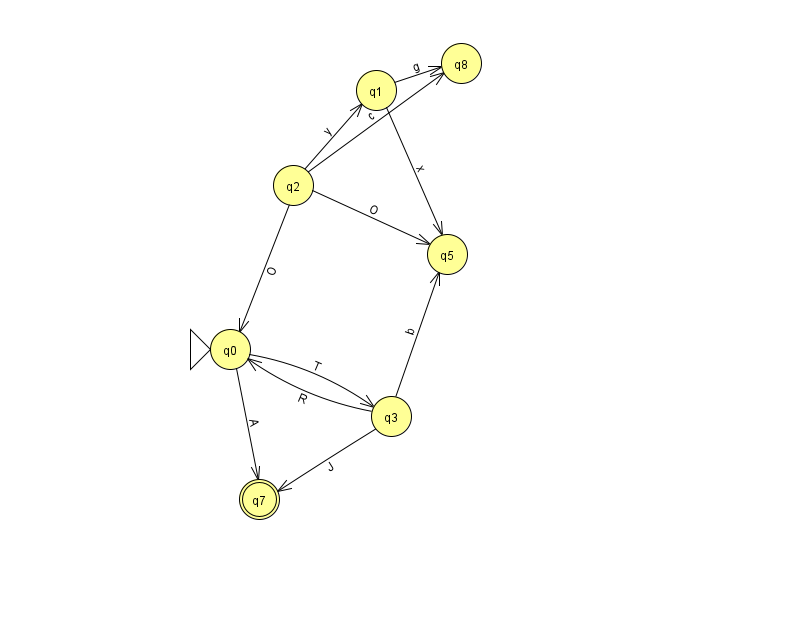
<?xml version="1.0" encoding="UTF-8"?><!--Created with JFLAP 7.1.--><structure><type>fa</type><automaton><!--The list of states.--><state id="0" name="q0"><x>230.0</x><y>336.0</y><initial/></state><state id="1" name="q1"><x>376.0</x><y>77.0</y></state><state id="2" name="q2"><x>293.0</x><y>172.0</y></state><state id="3" name="q3"><x>391.0</x><y>403.0</y></state><state id="5" name="q5"><x>447.0</x><y>241.0</y></state><state id="7" name="q7"><x>259.0</x><y>486.0</y><final/></state><state id="8" name="q8"><x>461.0</x><y>50.0</y></state><!--The list of transitions.--><transition><from>1</from><to>8</to><read>g</read></transition><transition><from>1</from><to>5</to><read>x</read></transition><transition><from>2</from><to>8</to><read>c</read></transition><transition><from>2</from><to>0</to><read>O</read></transition><transition><from>0</from><to>3</to><read>T</read></transition><transition><from>0</from><to>7</to><read>A</read></transition><transition><from>2</from><to>5</to><read>O</read></transition><transition><from>3</from><to>5</to><read>b</read></transition><transition><from>3</from><to>0</to><read>R</read></transition><transition><from>2</from><to>1</to><read>y</read></transition><transition><from>3</from><to>7</to><read>J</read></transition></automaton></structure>